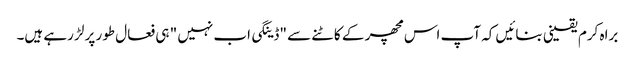
براہ کرم یقینی بنائیں کہ آپ اس مچھر کے کاٹنے سے "ڈینگی اب نہیں " ہی فعال طور پر لڑ رہے ہیں۔